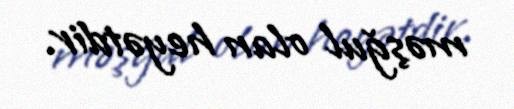
məşğul olan heyətdir.